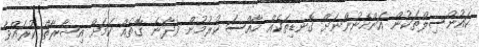
ކައުންސިލްތަކުން އަންހެނުންނަށް ގޮނޑިތަކެއް ހާއްސަ ކުރުމުން ވެދާނެ ގޮތެއް ކަމަށް އިޝާރާތް ކުރައްވާ